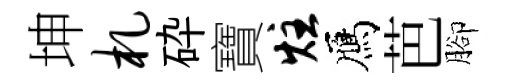
坤札砕寶炷鴈芭腳